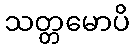
သတ္တမောပိ